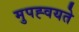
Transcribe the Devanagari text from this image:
मुपह्वयते